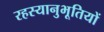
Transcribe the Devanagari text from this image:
रहस्यानुभूतियों